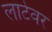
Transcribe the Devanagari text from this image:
लाटेवर